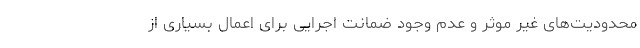
محدودیت‌های غیر موثر و عدم وجود ضمانت اجرایی برای اعمال بسیاری از